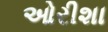
ઓરીશા